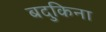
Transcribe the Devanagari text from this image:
बदुकिना